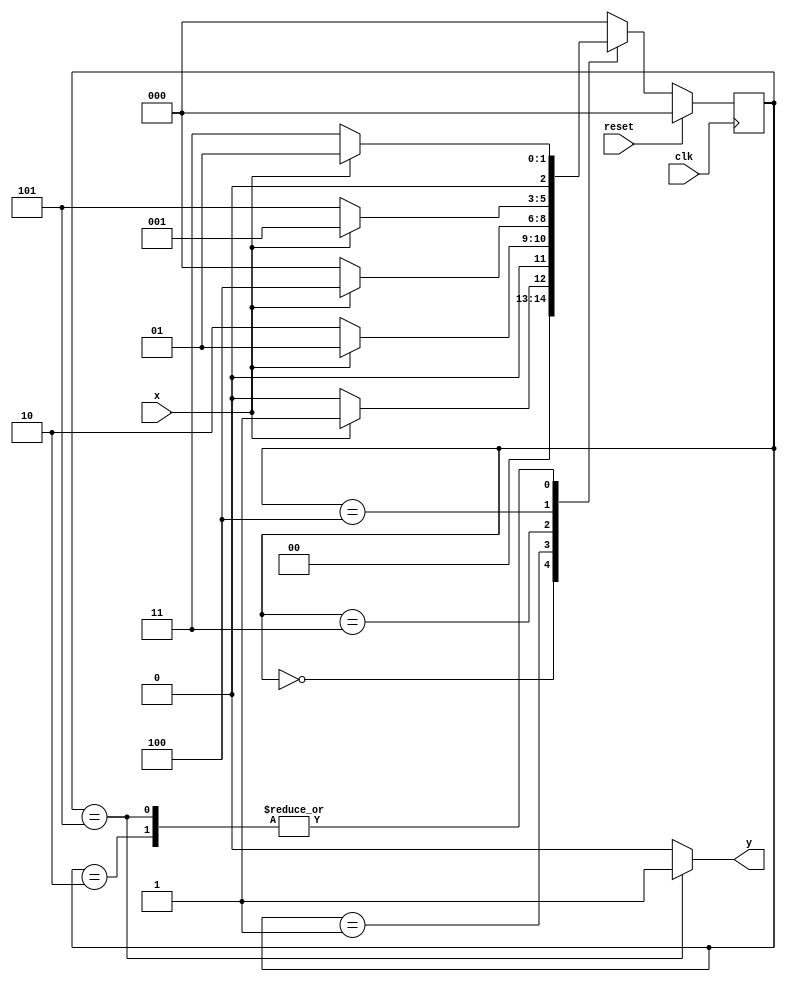
module moore_hw( input clk,
				 input reset,
				 input x,
				 output reg y );
		
	reg [2:0] current_state, next_state;
	
	parameter S0 = 3'd0;
	parameter S1 = 3'd1;
	parameter S2 = 3'd2; 
	parameter S3 = 3'd3;
	parameter S4 = 3'd4;
	parameter S5 = 3'd5;
	
	always@(*) begin
		case(current_state)
			S0:
				if(x) begin
					next_state = S1;
				end
				else begin
					next_state = S0;
				end
			S1:
				if(x) begin
					next_state = S1;
				end
				else begin
					next_state = S2;
				end
			S2:
				if(x) begin
					next_state = S1;
				end
				else begin
					next_state = S3;
				end
			S3:
				if(x) begin
					next_state = S4;
				end
				else begin
					next_state = S0;
				end
			S4:
				if(x) begin
					next_state = S1;
				end
				else begin
					next_state = S5;
				end
			S5:
				if(x) begin
					next_state = S1;
				end
				else begin
					next_state = S3;
				end
			default:
				next_state = S0;
		endcase
	end

	always@(posedge clk) begin
		if(reset) begin
			current_state <= S0;
		end
		else begin
			current_state <= next_state;
		end
	end

	always@(*) begin
		case(current_state)
			S0:
				y = 1'b0;
			S1:
				y = 1'b0;
			S2:
				y = 1'b0;
			S3:
				y = 1'b0;
			S4:
				y = 1'b0;
			S5:
				y = 1'b1;
			default:
				y = 1'b0;
		endcase
	end
		
endmodule